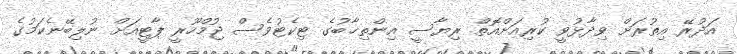
އަދުރޭ އިތުރަށް ވިދާޅުވީ ކުރިއަށްއޮތް ރިޔާސީ އިންތިޚާބުގެ ޓިކެޓުވެސް ޖުމްހޫރީ ޕާޓީއަށް ނުލިބޭނެކަމުގެ